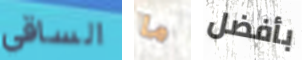
الساقي ما بأفضل